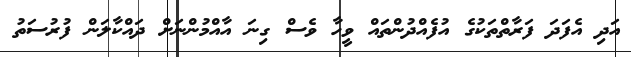
އަދި އެފަދަ ފަރާތްތަކުގެ އުފެއްދުންތައް ވީހާ ވެސް ގިނަ އާއްމުންނަށް ދައްކާލަން ފުރުސަތު